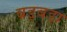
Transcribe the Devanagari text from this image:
बड्बडा